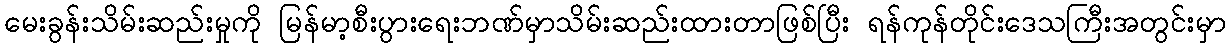
မေးခွန်းသိမ်းဆည်းမှုကို မြန်မာ့စီးပွားရေးဘဏ်မှာသိမ်းဆည်းထားတာဖြစ်ပြီး ရန်ကုန်တိုင်းဒေသကြီးအတွင်းမှာ